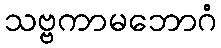
သဗ္ဗကာမဘောဂံ